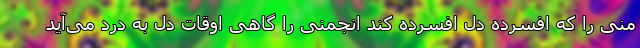
منی را که افسرده دل افسرده کند انجمنی را گاهی اوقات دل به درد می‌آید